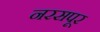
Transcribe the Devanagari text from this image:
नरसपूर